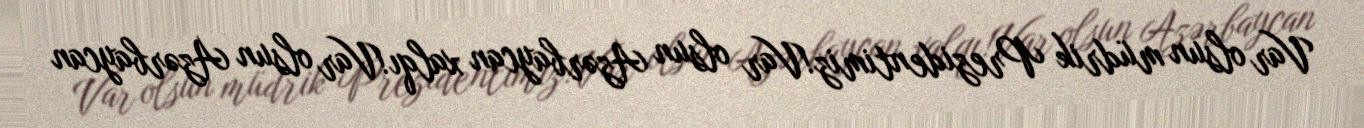
Var olsun müdrik Prezidentimiz!Var olsun Azərbaycan xalqı!Var olsun Azərbaycan